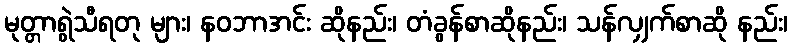
မုတ္တာရွဲသီရတု များ၊ နဝဘာအင်း ဆိုနည်း၊ တံခွန်စာဆိုနည်း၊ သန်လျှက်စာဆို နည်း၊